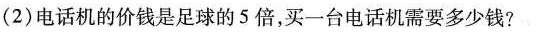
(2)电话机的价钱是足球的5倍，买一台电话机需要多少钱?